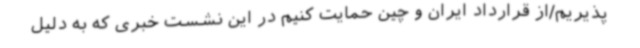
‌پذیریم/از قرارداد ایران و چین حمایت کنیم در این نشست خبری که به دلیل